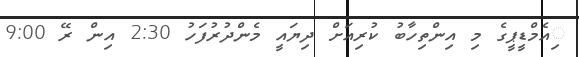
ިއެމްޑީޕީގެ މި އިންތިހާބު ކުރިއަށް ދިޔައީ މެންދުރުފަހު 2:30 އިން ރޭ 9:00